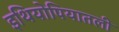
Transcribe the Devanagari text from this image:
इथियोपियातली